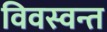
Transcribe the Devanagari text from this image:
विवस्वन्त